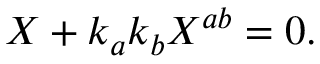
{ \cal X } + k _ { a } k _ { b } { \cal X } ^ { a b } = 0 .